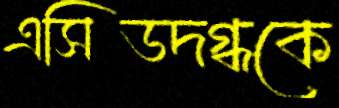
এসিডদগ্ধকে